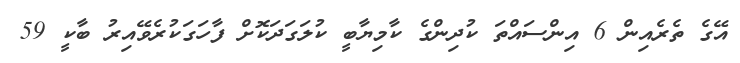
އޭގެ ތެރެއިން 6 އިންސައްތަ ކުދިންގެ ކާމިޔާބީ ކުލަގަދަކޮށް ފާހަގަކުރެވޭއިރު ބާކީ 59